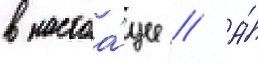
в настоа́щее // А́